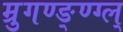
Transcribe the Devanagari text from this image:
म्रुगण्ङ्ण्ग्ल्